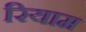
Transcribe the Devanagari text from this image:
रियाम